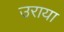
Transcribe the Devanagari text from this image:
उराया